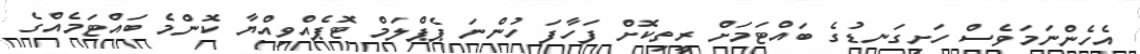
އެހެންނަމަވެސް ހަށިގަނޑުގެ ބައްޓަމަށް ރީތިކޮށް ފަހާފަ ހުންނަ ޕެޕްލަމް ޓޮޕެއްވިއްޔާ ކޮންމެ ބައްޓަމެއްގެ